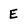
Character: E